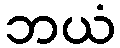
ဘယံ